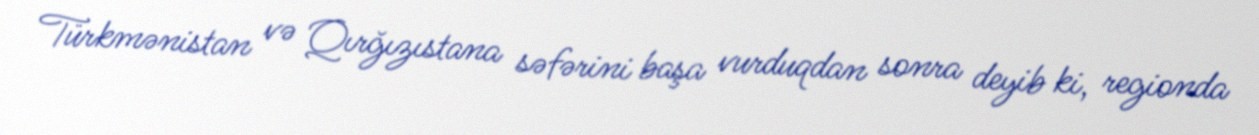
Türkmənistan və Qırğızıstana səfərini başa vurduqdan sonra deyib ki, regionda